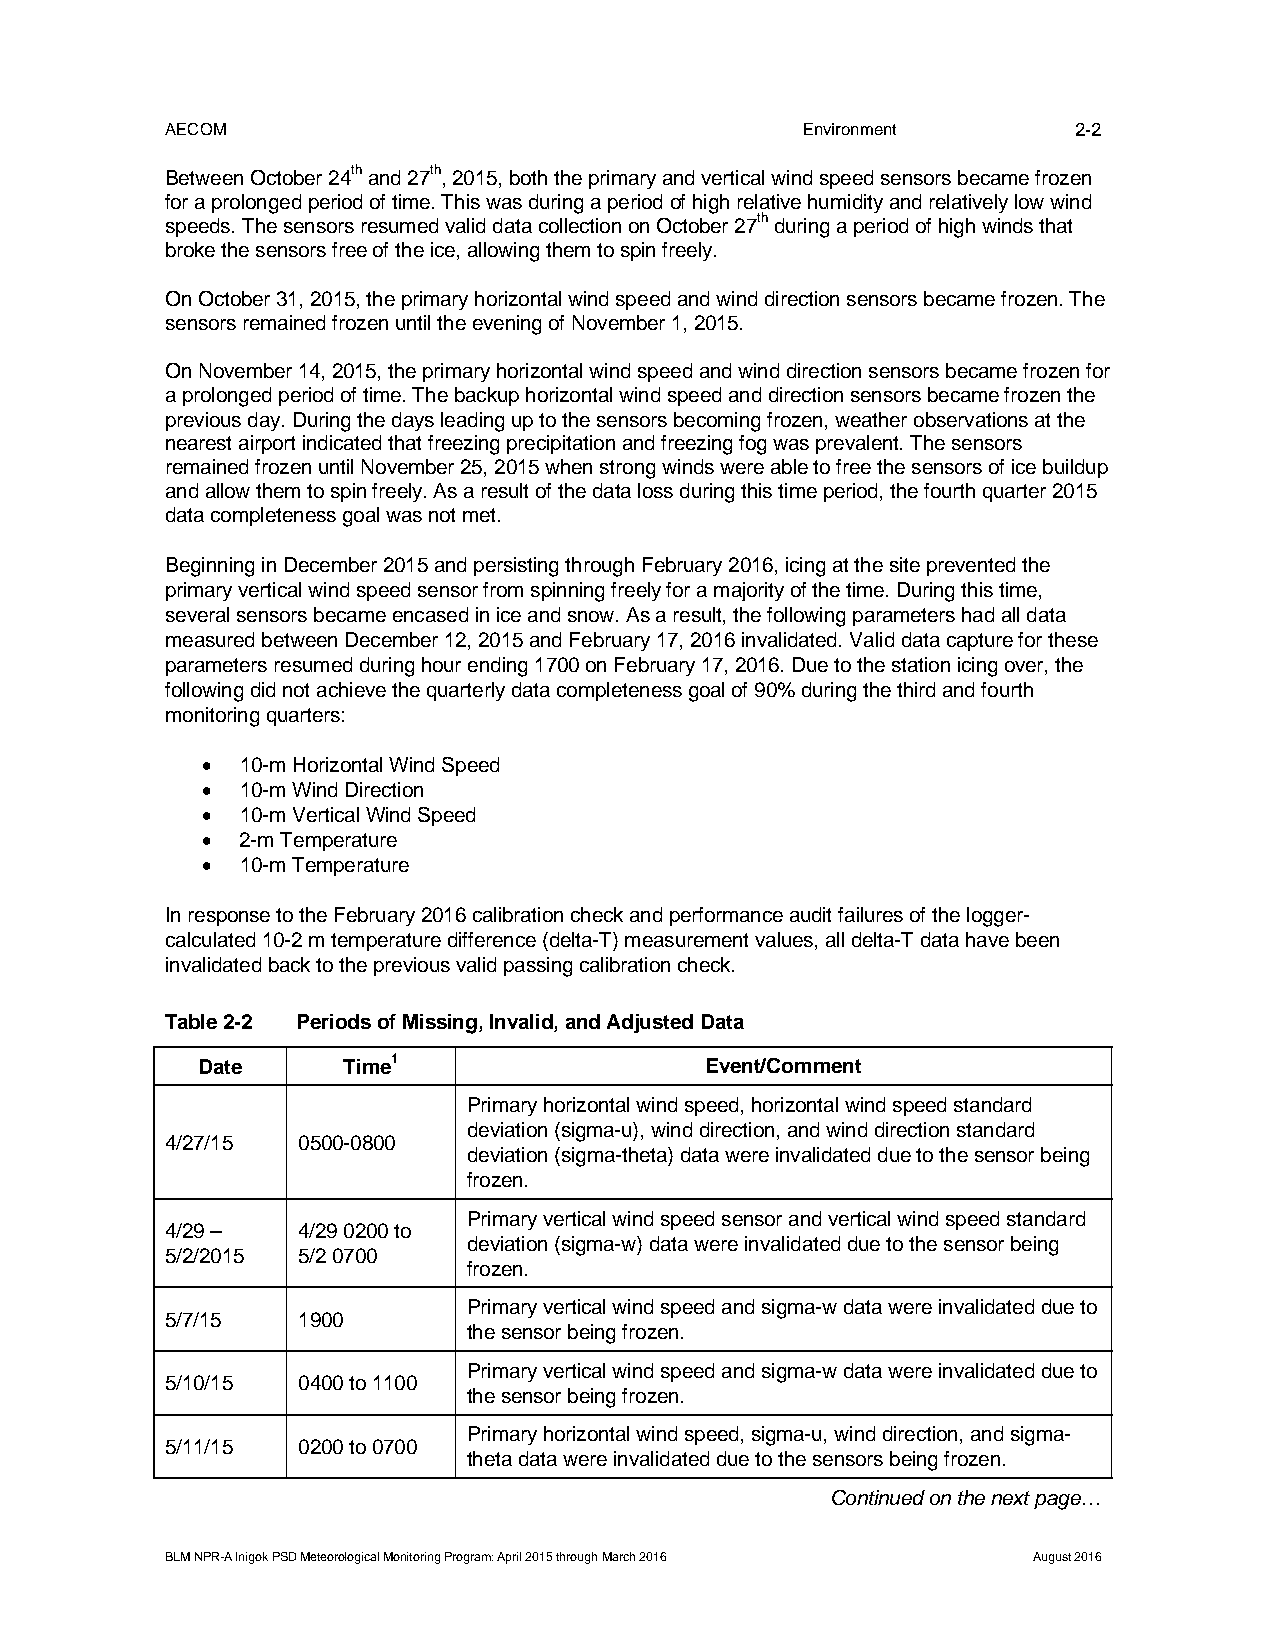
AECOM                                     Environment       2-2
 Between October 24th and 27th, 2015, both the primary and vertical wind speed sensors became frozen
 for a prolonged period of time. This was during a period of high relative humidity and relatively low wind
 speeds. The sensors resumed valid data collection on October 27th during a period of high winds that
 broke the sensors free of the ice, allowing them to spin freely.
 On October 31, 2015, the primary horizontal wind speed and wind direction sensors became frozen. The
 sensors remained frozen until the evening of November 1, 2015.
 On November 14, 2015, the primary horizontal wind speed and wind direction sensors became frozen for
 a prolonged period of time. The backup horizontal wind speed and direction sensors became frozen the
 previous day. During the days leading up to the sensors becoming frozen, weather observations at the
 nearest airport indicated that freezing precipitation and freezing fog was prevalent. The sensors
 remained frozen until November 25, 2015 when strong winds were able to free the sensors of ice buildup
 and allow them to spin freely. As a result of the data loss during this time period, the fourth quarter 2015
 data completeness goal was not met.
 Beginning in December 2015 and persisting through February 2016, icing at the site prevented the
 primary vertical wind speed sensor from spinning freely for a majority of the time. During this time,
 several sensors became encased in ice and snow. As a result, the following parameters had all data
 measured between December 12, 2015 and February 17, 2016 invalidated. Valid data capture for these
 parameters resumed during hour ending 1700 on February 17, 2016. Due to the station icing over, the
 following did not achieve the quarterly data completeness goal of 90% during the third and fourth
 monitoring quarters:
   10-m Horizontal Wind Speed
   10-m Wind Direction
   10-m Vertical Wind Speed
   2-m Temperature
   10-m Temperature
 In response to the February 2016 calibration check and performance audit failures of the logger-
 calculated 10-2 m temperature difference (delta-T) measurement values, all delta-T data have been
 invalidated back to the previous valid passing calibration check.
 Table 2-2 Periods of Missing, Invalid, and Adjusted Data
 Date      Time1                   Event/Comment
 Primary horizontal wind speed, horizontal wind speed standard
 deviation (sigma-u), wind direction, and wind direction standard
 4/27/15  0500-0800
 deviation (sigma-theta) data were invalidated due to the sensor being
 frozen.
 Primary vertical wind speed sensor and vertical wind speed standard
 4/29 –   4/29 0200 to
 deviation (sigma-w) data were invalidated due to the sensor being
 5/2/2015 5/2 0700
 frozen.
 Primary vertical wind speed and sigma-w data were invalidated due to
 5/7/15   1900
 the sensor being frozen.
 Primary vertical wind speed and sigma-w data were invalidated due to
 5/10/15  0400 to 1100
 the sensor being frozen.
 Primary horizontal wind speed, sigma-u, wind direction, and sigma-
 5/11/15  0200 to 0700
 theta data were invalidated due to the sensors being frozen.
 Continued on the next page…
 BLM NPR-A Inigok PSD Meteorological Monitoring Program: April 2015 through March 2016 August 2016